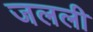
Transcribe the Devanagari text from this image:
जलली